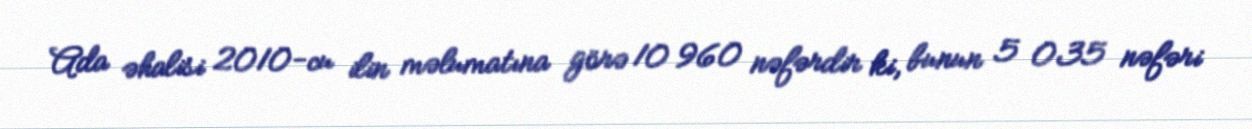
Ada əhalisi 2010-cu ilin məlumatına görə 10 960 nəfərdir ki, bunun 5 035 nəfəri